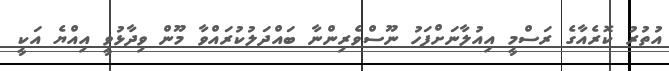
އުުތުރު ކޮރެއާގެ ރަސްމީ އިއުލާނަށްފަހު ނޫސްވެރިންނާ ބައްދަލުކުރައްވާ މޫން ވިދާޅުވީ އިއްޔެ އަކީ